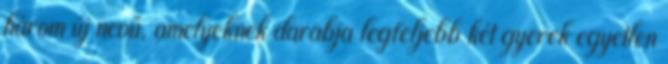
három új nevű, amelyeknek darabja legfeljebb két gyerek egyetlen